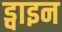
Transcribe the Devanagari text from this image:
ड्वाइन